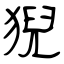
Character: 猊